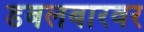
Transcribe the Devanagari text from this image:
डबलबारवर